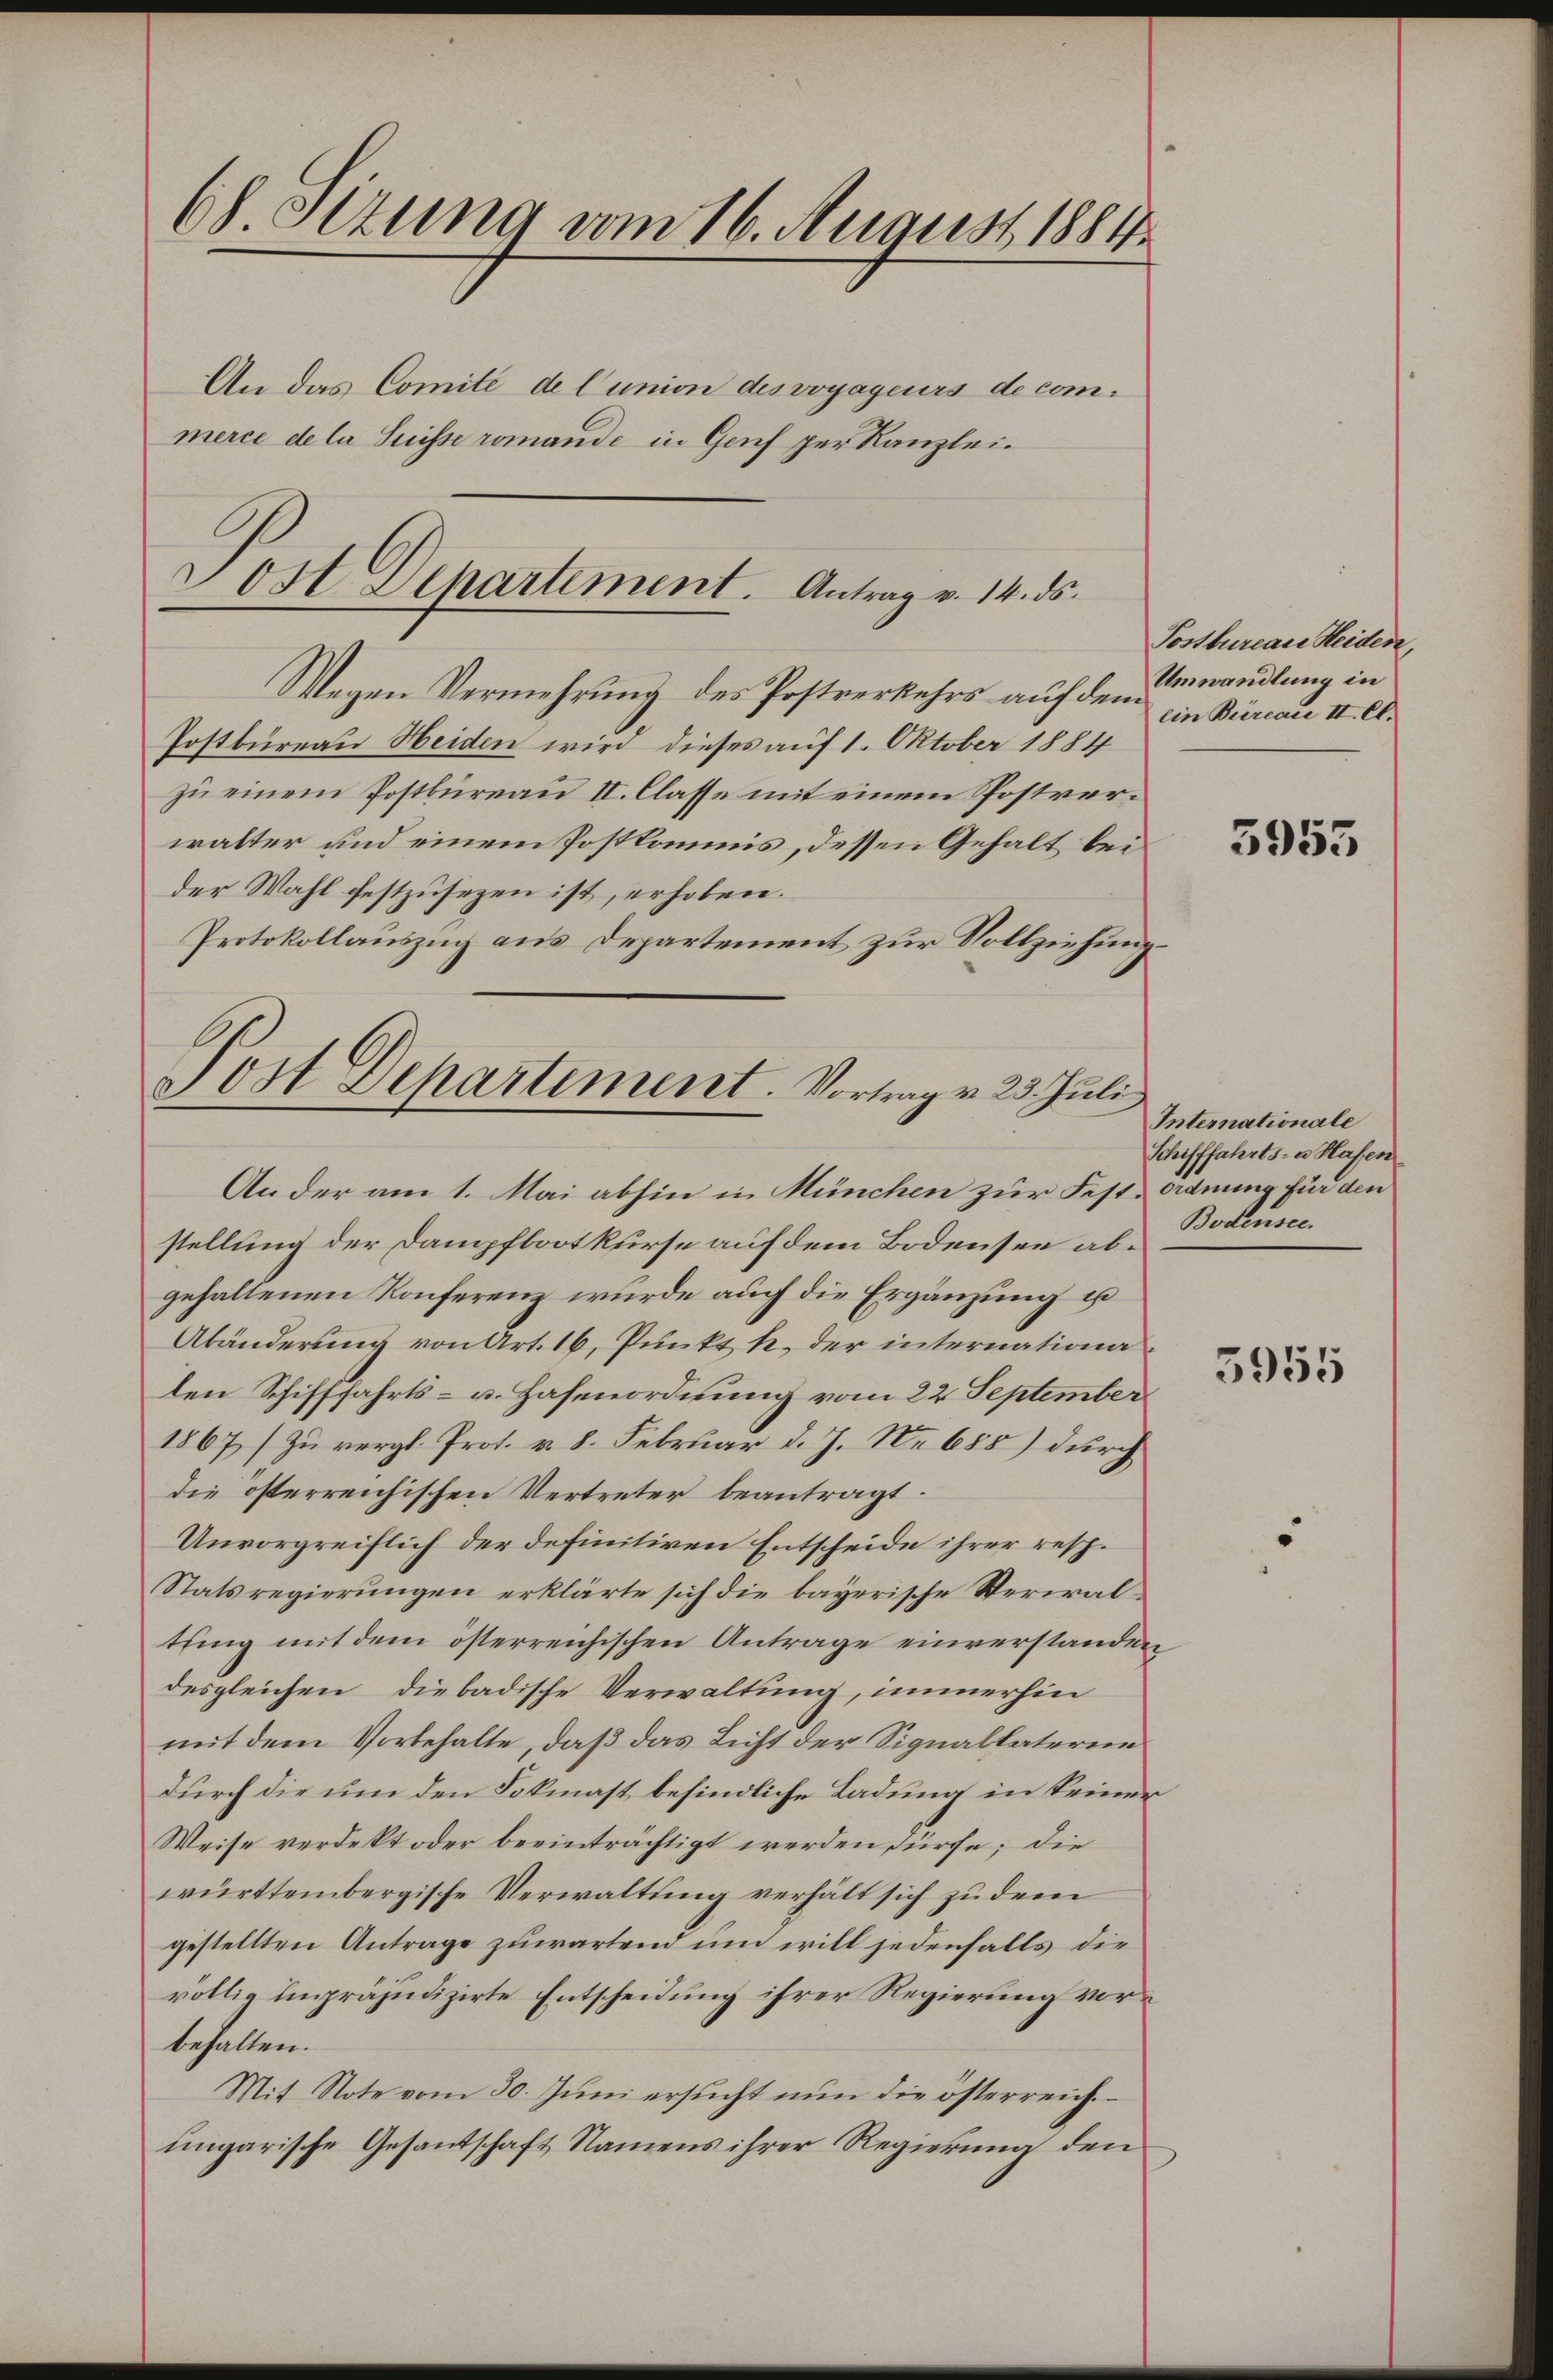
68. Sizung vom 16. August 1884
An das Comité de Cunion des voyageurs de commerce de la Suisse romande in Genf per Kanzlei.

Jost Departement. Antrag v. 14. ds.
Wegen Vermehrung des Postverkehrs auf den Verwandlung in

Postbureau Heiden wird dieses auf 1. Oktober 1884
zu einem Postbureau II. Classe mit einem Postverwalter und einem Postkommis, dessen Gehalt bei
der Wahl festzusezen ist, erhoben.
Protokollauszug aus Departement zur Vollziehung

Post Departiment. Vortrag v. 23. Juli
An der am 1. Mai abhin in München zur Fest-Ordnung für den

stellung der Dampfbootkurse auf dem Bodensee abgehaltenen Konferenz wurde auch die Ergänzung u
Abänderung von Art. 16, Punkt h. der internationa
Den Schifffahrts- u. Hafenordnung vom 22. September
1867 zu vergl. Prof. v. 8. Februar d. J. Nr. 655) durch
die österreichischen Vertreter beantragt.
Unvorgreiflich der definitiven Entscheide ihrer resp.
Statsregierungen erklärte sich die bayerische Verwaltung mit dem österreichischen Antrage einverstanden
desgleichen diebadische Verwaltung, immerhin
mit dem Vorbehalte, daß das Licht der Signallaterie
durch die um den Fokmast befindliche Ladung in keiner
Weise verdekt oder beeinträchtigt werden dürfe; die
württembergische Verwaltung verhält sich zu dem
gestellten Antrage zuwartend um will jedenfalls die
völlig impräjudizirte Entscheidung ihrer Regierung vorbehalten.
Mit Note vom 30. Jŭni ersŭcht nun die österreich.
ungarische Gesandschaft Namens ihrer Regierung den

Sostbureau Heiden,
ein Beircace II. Ct.

3955

Internationale
Schifffahrts- u. Hasen
Bodensee.

3955